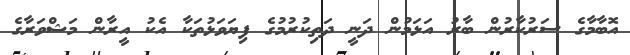
އޮބާމާގެ ސަރުކާރުން ބާރު އަޅަމުން ދަނީ ދަތިކުރުމުގެ ފިޔަވަޅުތަކާ އެކު އީރާން މަޝްވަރާގެ